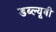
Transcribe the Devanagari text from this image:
डब्ल्यूबी